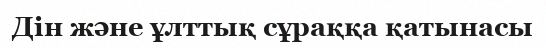
Дін және ұлттық сұраққа қатынасы